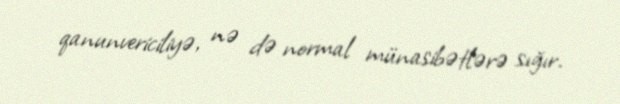
qanunvericiliyə, nə də normal münasibətlərə sığır.